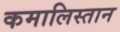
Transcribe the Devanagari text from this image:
कमालिस्तान